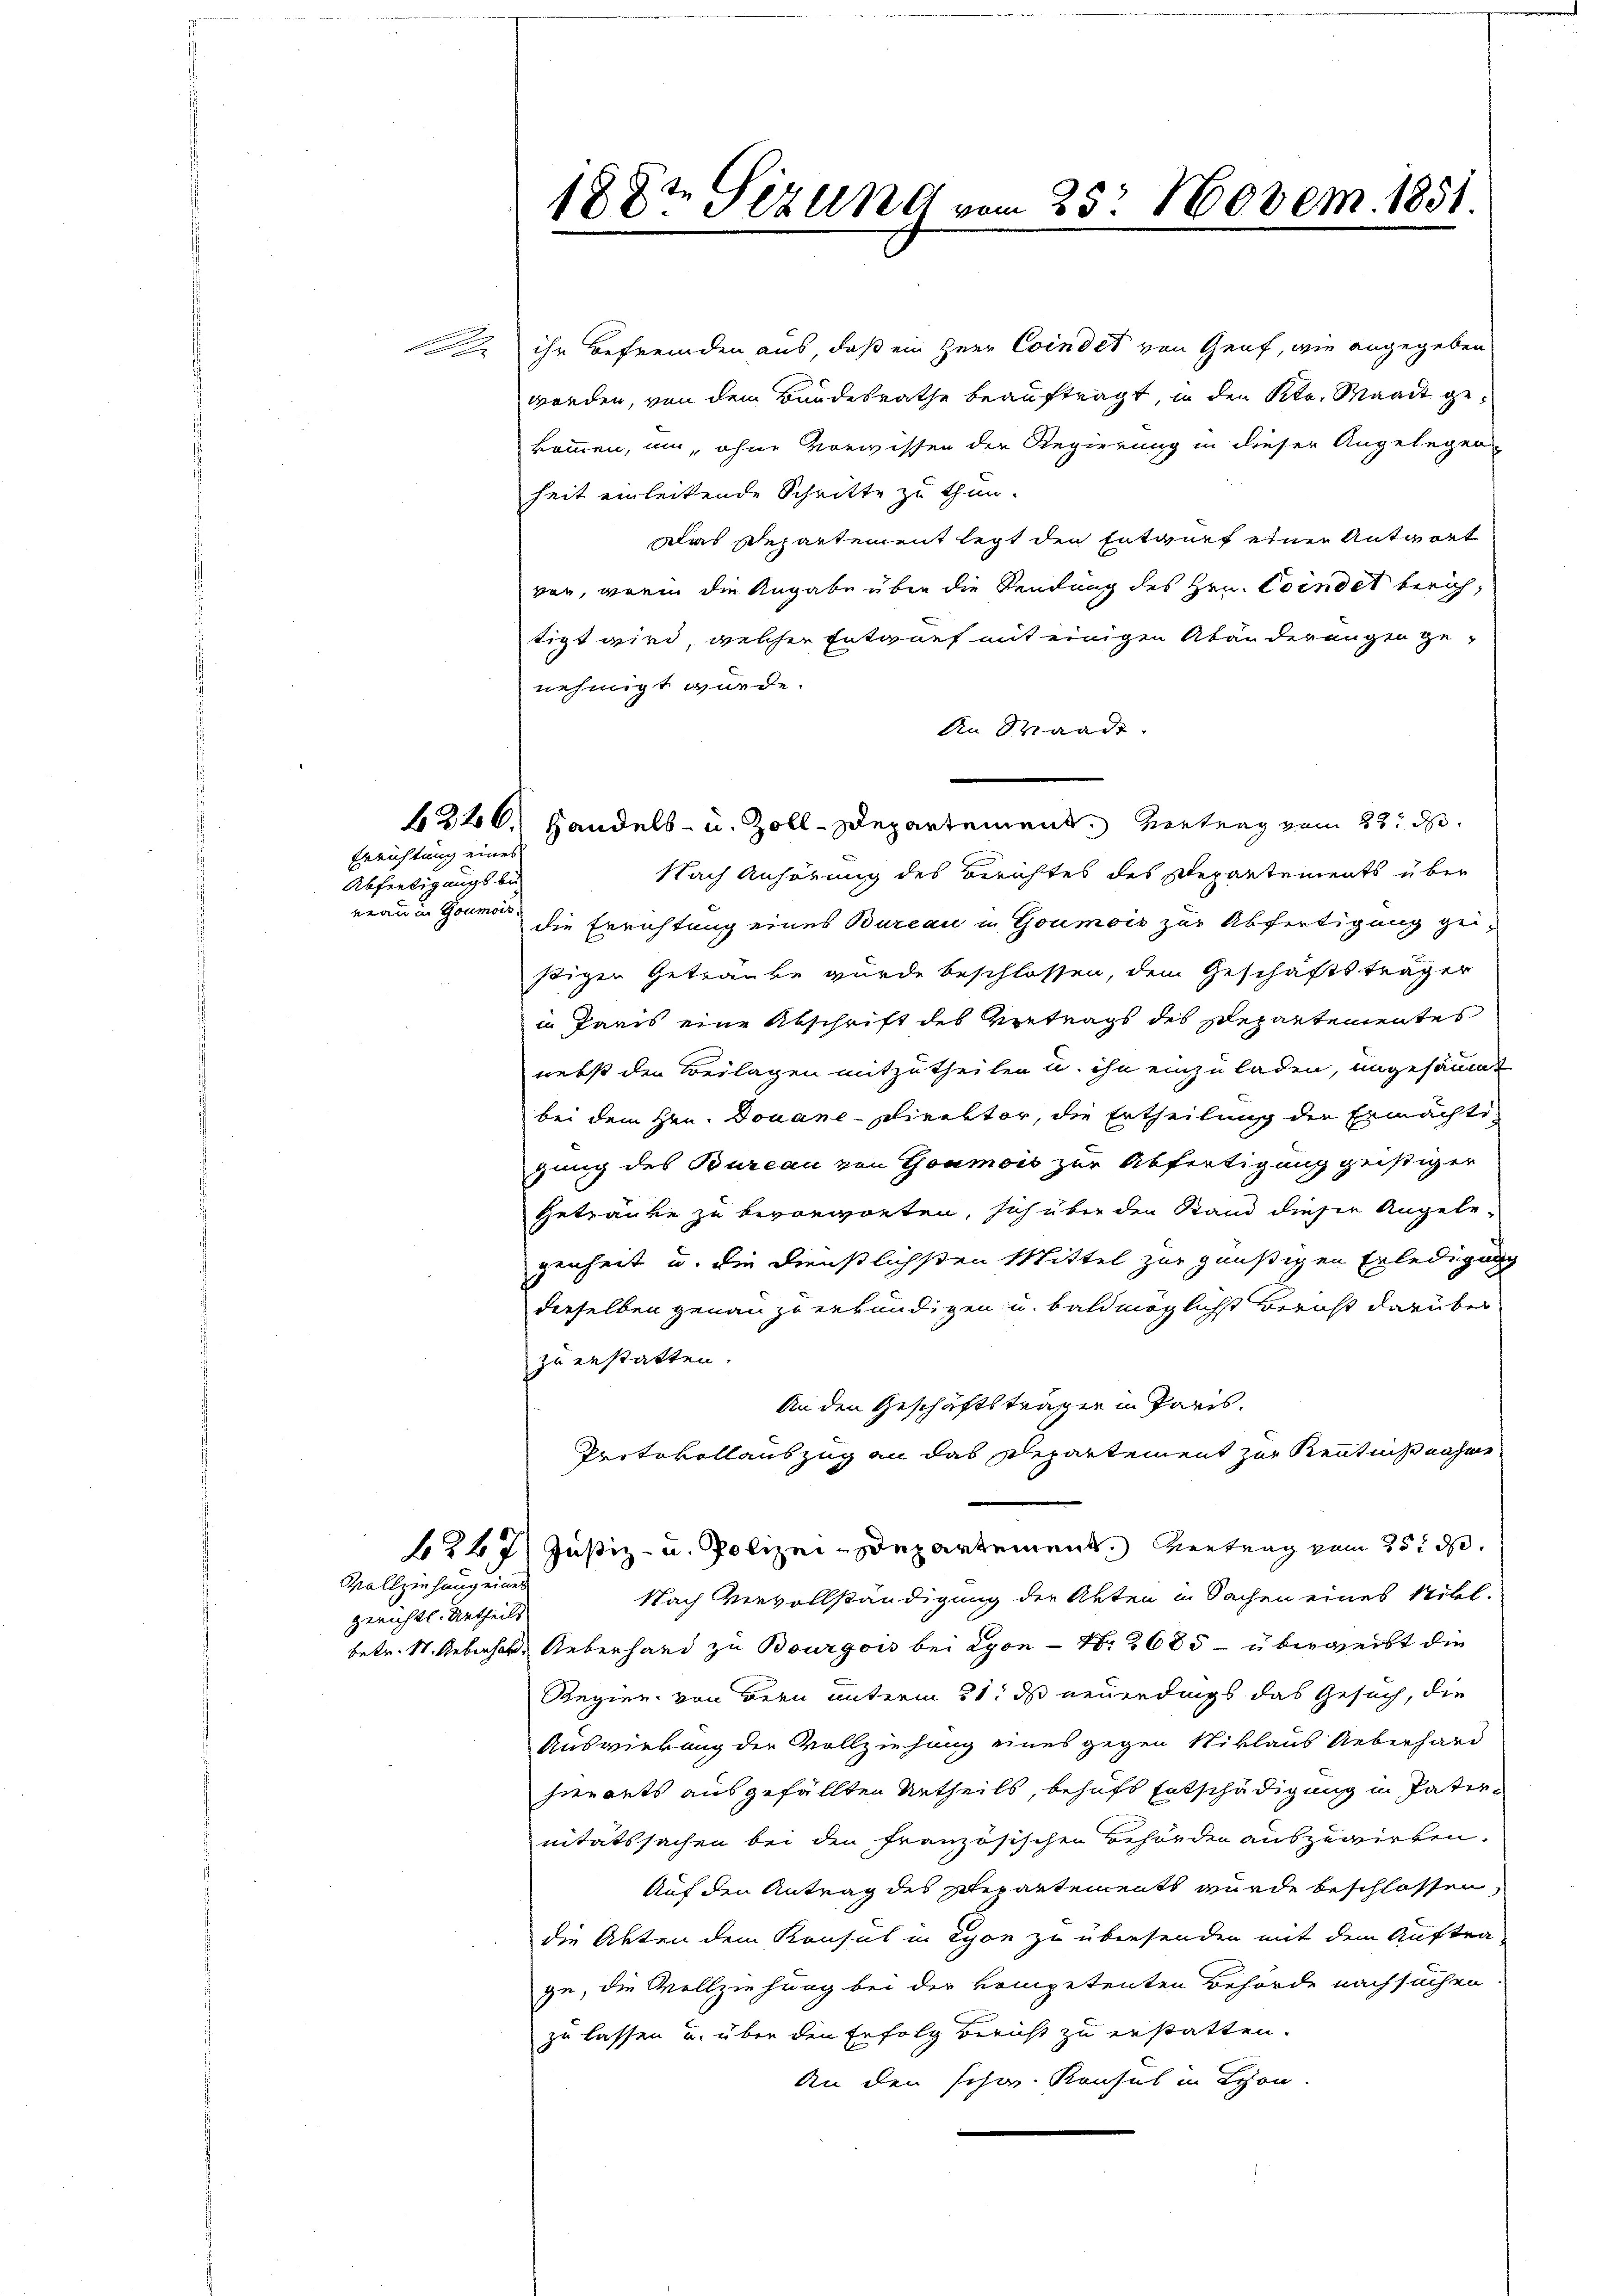
12

Errichtung eines
Abfertigungs be
wrauen Goumor.

Gerichtl. Urtheils

Vollziehung eines

188t Sitzung vom 25. Novem. 1851

ihr Befremden aus, daß ein Herr Coindet von Genf, wie angegeben
werden, von dem Bundesrathe beauftragt, in den Str. Waadt gekommen, um, ohne Vorwissen der Regierung in dieser Angelegen
heit einleitende Schritte zu thun.
Das Departement legt den Entwurf einer Antwort
von, wenin die Angabe über die Sendung des Hrn. Coindet berich,
tigt wird, welcher Entwurf mit einigen Abänderengen genehmigt wurde.
An Waadt.
1226. Handels- u. Zoll-Departement. Vortrag vom 23. d.
Nach Anhörung des Berichtes des Departements über
die Errichtung eines Bureau in Goumois zur Abfertigung gestigen Getränke wurde beschlossen, dem Geschäftsträger
in Paris eine Abschrift des Vertrags des separtementes
nebst den Beilagen mitzutheilen u. ihn einzuladen, ungesäumt
bei dem Hrn. Douane-Direktor, die Ertheilung der Ermächti
gung des Bureau von Goumois zur Abfertigung geistiger
Getränke zu bevorworten, sich über den Stand dieser Angele-
genheit u. die Dienstlichsten Mittel zur günstigen Erledigung
derselben genau zu erkundigen u. baldmöglichst Bericht darüber
zu erstatten.
An den Geschäftsträgen in Paris.
Protokollauszug an das Departement zur Kenntniß nahme
247) Justiz- u. Polizei-Departement. Vertrag vom 25t d.
Nach Vervollständigung der Akten in Sachen eines Nikl.
betr. St. Geberhar. Ueberhand zu Bourgois bei Lyon - Nr 2685 - übergeibt die
Regier von Bern unterm 21. ds neuerdings das Gesuch, die
Auswirkung der Vollziehung eines gegen Niklaus Ueberhard
hierants ausgefällten Urtheils, behufs Entschädigung in Pater-
nitätssachen bei den französischen Behörden auszuwirken.
Auf den Antrag des Stepartements wurde beschlossen,
die Akten dem Konsul in Lyon zu übersenden mit dem Auftra
ge, die Vollziehung bei der kompetenten Behörde nachsuchen.
zu lassen u. über den Erfolg Bericht zu erstatten.
An den schw. Konsul in Lyon.